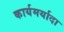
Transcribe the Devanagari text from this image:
कार्यमर्यादा